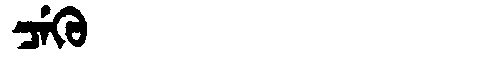
Manchu: ᠴᡝᡴᡠ
Romanization: CEKU